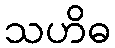
သဟိဓ